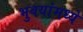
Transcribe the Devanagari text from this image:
भुवयांमध्ये